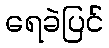
ရေခဲပြင်